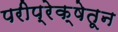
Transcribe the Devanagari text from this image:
परीप्रेक्षेतून